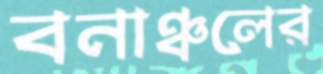
বনাঞ্চলের